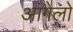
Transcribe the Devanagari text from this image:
आंगेलो